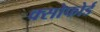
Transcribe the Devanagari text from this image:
क्सोफोर्ड